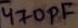
Text: 470pF